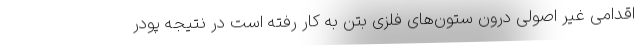
اقدامی غیر اصولی درون ستون‌های فلزی بتن به کار رفته است در نتیجه پودر